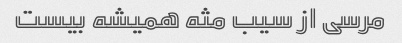
مرسی از سیب مثه همیشه بیست